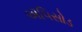
ઍપિસોડ